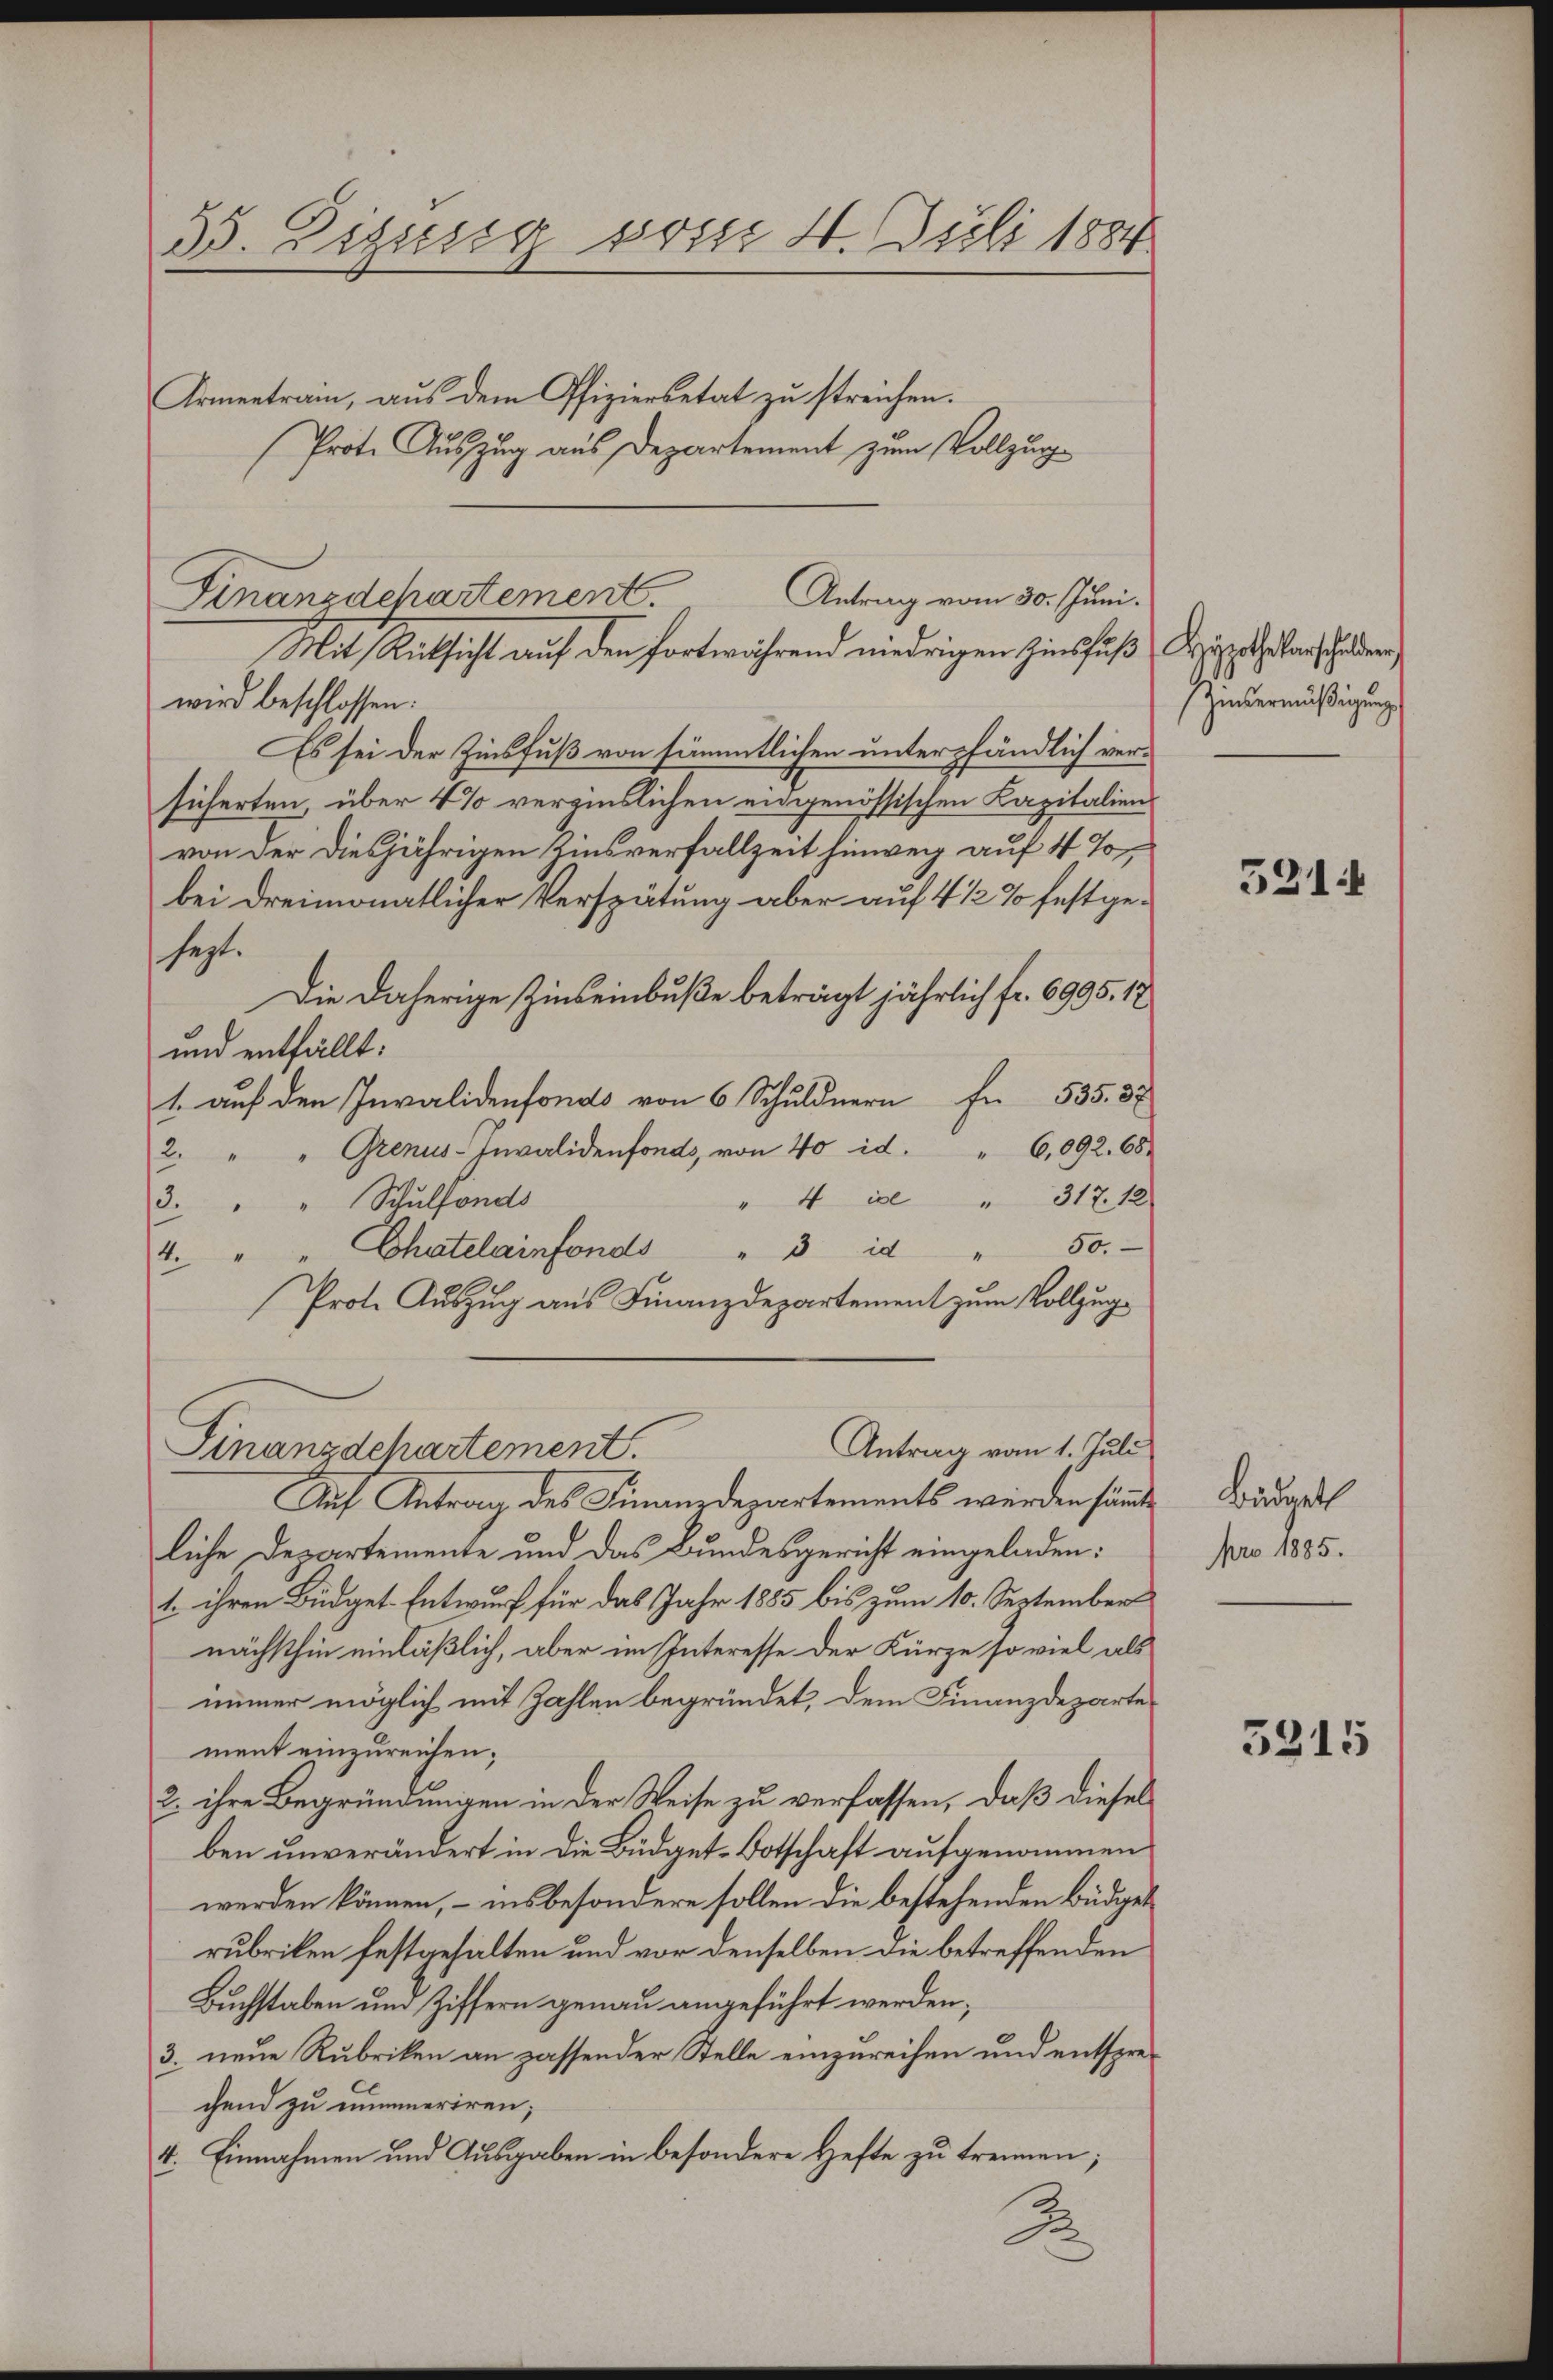
35. Essig vom 4. Juli 1884

Mit Rücksicht auf den fortwährend niedrigen Zinsfuß Kriegenschaden
wird beschlossen:
Es sei der Zinsfuß von sämmtlichen unterpfändlich versicherten über 4% verzinslichen eidgenössischen Kapitalienvon der diesjährigen Zinsverfallzeit hinweg auf 4 %
bei dreimonatlicher Verspätung aber auf 4 1/2 % festgesezt.
Die daherige Zinseinbuße beträgt jährlich fr. 6995. 12
und entfällt.
1. auf den Invalidenfonds von 6 Schuldnern fr 535. 37
Grenus-Invalidenfonds, von 40 id. " 6,092. 68.
2
" 4    "  317. 12
3. " " Schulfonds
4. " " Chatelainfonds " 3 id " 50.-
Prot. Auszug aus Finanzdepartement zum Vollzug¬
Antrag vom 1. Juli
Finanzdchartement.
Auf Antrag des Finanzdepartements werden sämmte
liche Departemente und das Bundesgericht eingeladen:
1. ihren Büdget Entwurf für das Jahr 1885 bis zum 10. September
nächsthin einläßlich, aber im Interesse der Kürze so viel als
immer möglich mit Zahlen begründet, dem Finanzdeparte
ment einzureichen;
2. ihre Begründungen in der Weise zu verfassen, daß diesel
ben unverändert in die Büdget-Botschaft aufgenommen
werden können, – insbesondere sollen die bestehenden Büdgetrubriken festgehalten und vor denselben die betreffenden
Buchstaben und Ziffern genau angeführt werden;
3. neue Rubriken an passender Stelle einzureihen und entsprechend zu nummeriren;
4. Einnahmen und Ausgaben in besondere Hefte zu trennen;
R

Armentrain, aus dem Pfiziersetat zu streichen.
Prote Auszug aus Departement zum Vollzug

Antrag vom 30. Juni.
Finanzdchartement.

Zinsermäßigung

521.

Büdgeth
pro 1885.

5315